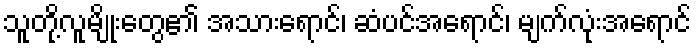
သူတို့လူမျိုးတွေ၏ အသားရောင်၊ ဆံပင်အရောင်၊ မျက်လုံးအရောင်